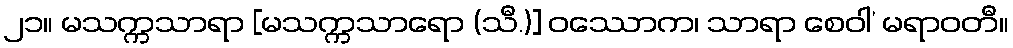
၂၁။ မသက္ကသာရာ [မသက္ကသာရော (သီ.)] ဝဿောက၊ သာရာ စေဝါ’ မရာဝတီ။